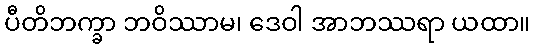
ပီတိဘက္ခာ ဘဝိဿာမ၊ ဒေဝါ အာဘဿရာ ယထာ။